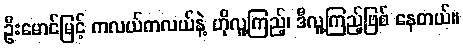
ဦးမောင်မြင့် ကလယ်ကလယ်နဲ့ ဟိုလူ့ကြည့်၊ ဒီလူ့ကြည့်ဖြစ် နေတယ်။